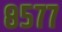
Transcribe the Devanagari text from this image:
८५७७